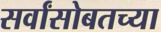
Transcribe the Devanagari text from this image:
सर्वांसोबतच्या